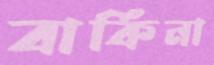
বার্কিনা